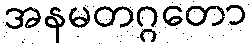
အနမတဂ္ဂတော